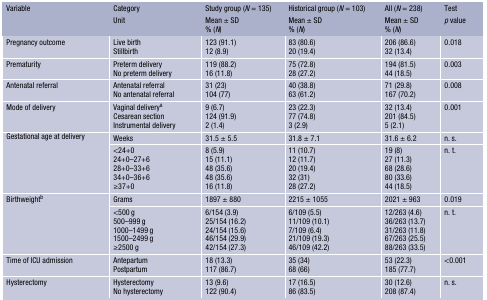
<table><thead><tr><td><b>Variable</b></td><td><b>Category</b></td><td><b>Study group (<i>N</i> = 135)</b></td><td><b>Historical group (<i>N</i> = 103)</b></td><td><b>All (<i>N</i> = 238)</b></td><td><b>Test</b></td></tr><tr><td></td><td><b>Unit</b></td><td><b>Mean ± SD% (<i>N</i>)</b></td><td><b>Mean ± SD% (<i>N</i>)</b></td><td><b>Mean ± SD% (<i>N</i>)</b></td><td><b><i>p </i>value</b></td></tr></thead><tbody><tr><td>Pregnancy outcome</td><td>Live birthStillbirth</td><td>123 (91.1)12 (8.9)</td><td>83 (80.6)20 (19.4)</td><td>206 (86.6)32 (13.4)</td><td>0.018</td></tr><tr><td>Prematurity</td><td>Preterm deliveryNo preterm delivery</td><td>119 (88.2)16 (11.8)</td><td>75 (72.8)28 (27.2)</td><td>194 (81.5)44 (18.5)</td><td>0.003</td></tr><tr><td>Antenatal referral</td><td>Antenatal referralNo antenatal referral</td><td>31 (23)104 (77)</td><td>40 (38.8)63 (61.2)</td><td>71 (29.8)167 (70.2)</td><td>0.008</td></tr><tr><td>Mode of delivery</td><td>Vaginal delivery<sup>a</sup>Cesarean sectionInstrumental delivery</td><td>9 (6.7)124 (91.9)2 (1.4)</td><td>23 (22.3)77 (74.8)3 (2.9)</td><td>32 (13.4)201 (84.5)5 (2.1)</td><td>0.001</td></tr><tr><td rowspan="2">Gestational age at delivery</td><td>Weeks</td><td>31.5 ± 5.5</td><td>31.8 ± 7.1</td><td>31.6 ± 6.2</td><td>n. s.</td></tr><tr><td>&lt;24+024+0–27+628+0–33+634+0–36+6≥37+0</td><td>8 (5.9)15 (11.1)48 (35.6)48 (35.6)16 (11.8)</td><td>11 (10.7)12 (11.7)20 (19.4)32 (31)28 (27.2)</td><td>19 (8)27 (11.3)68 (28.6)80 (33.6)44 (18.5)</td><td>n. t.</td></tr><tr><td rowspan="2">Birthweight<sup>b</sup></td><td>Grams</td><td>1897 ± 880</td><td>2215 ± 1055</td><td>2021 ± 963</td><td>0.019</td></tr><tr><td>&lt;500 g500–999 g1000–1499 g1500–2499 g≥2500 g</td><td>6/154 (3.9)25/154 (16.2)24/154 (15.6)46/154 (29.9)42/154 (27.3)</td><td>6/109 (5.5)11/109 (10.1)7/109 (6.4)21/109 (19.3)46/109 (42.2)</td><td>12/263 (4.6)36/263 (13.7)31/263 (11.8)67/263 (25.5)88/263 (33.5)</td><td>n. t.</td></tr><tr><td>Time of ICU admission</td><td>AntepartumPostpartum</td><td>18 (13.3)117 (86.7)</td><td>35 (34)68 (66)</td><td>53 (22.3)185 (77.7)</td><td>&lt;0.001</td></tr><tr><td>Hysterectomy</td><td>HysterectomyNo hysterectomy</td><td>13 (9.6)122 (90.4)</td><td>17 (16.5)86 (83.5)</td><td>30 (12.6)208 (87.4)</td><td>n. s.</td></tr></tbody></table>